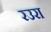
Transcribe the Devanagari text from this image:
रउरा